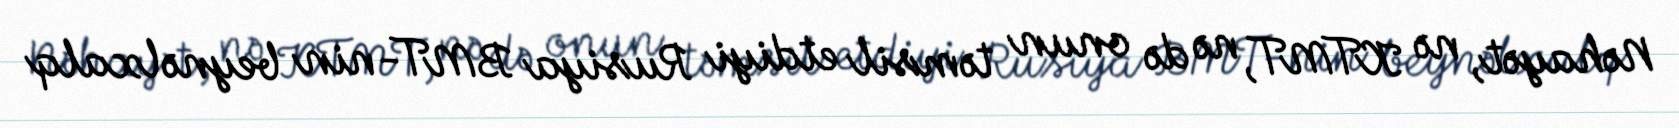
Nəhayət, nə KTMT, nə də onun təmsil etdiyi Rusiya BMT-nin beynəlxalq